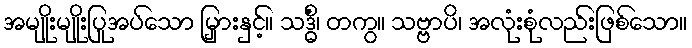
အမျိုးမျိုးပြုအပ်သော မြှားနှင့်။ သဒ္ဓိံ၊ တကွ။ သဗ္ဗာပိ၊ အလုံးစုံလည်းဖြစ်သော။